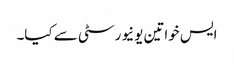
ایس خواتین یونیورسٹی سے کیا۔